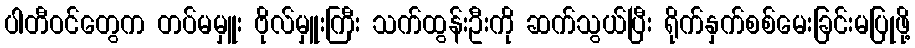
ပါတီဝင်တွေက တပ်မမှူး ဗိုလ်မှူးကြီး သက်ထွန်းဦးကို ဆက်သွယ်ပြီး ရိုက်နှက်စစ်မေးခြင်းမပြုဖို့